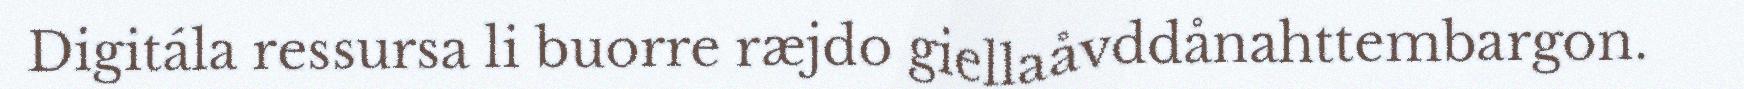
Digitála ressursa li buorre ræjdo giellaåvddånahttembargon.